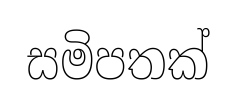
සමිපතක්